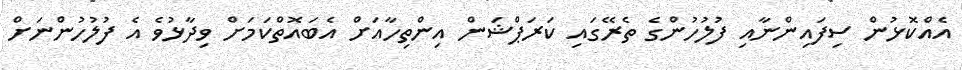
އެއްކޮޅުން ސިފައިންނާއި ފުލުހުންގެ ތެރޭގައި ކަރަޕްޝަން އިންތިހާއަށް އެބައޮތްކަމަށް ވިދާޅުވެ އެ ފުލުހުންނަށް